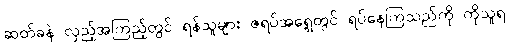
ဆတ်ခနဲ လှည့်အကြည့်တွင် ရန်သူများ ဇရပ်အရှေ့တွင် ရပ်နေကြသည်ကို ကိုသူရ